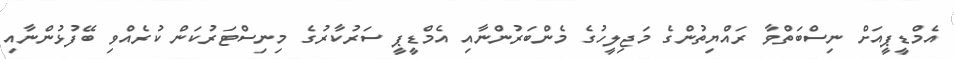
އެމްޑީޕީއަށް ނިސްބަތްވާ ރައްޔިތުންގެ މަޖިލީހުގެ މެންބަރުންނާއި އެމްޑީޕީ ސަރުކާރުގެ މިނިސްޓަރުކަން ކުރެއްވި ބޭފުޅުންނާއި